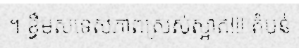
។ ខ្ទឹមសទេសភាពស្រស់ស្អាត!!! តំបន់